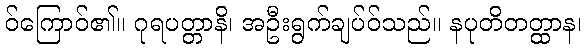
ဝ်ကြောဝ်၏။ ဂုရပတ္တာနိ၊ အဦးရွက်ချပ်ဝ်သည်။ နပုတိတတ္ထာန၊